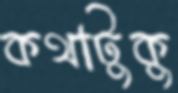
কথাটুকু